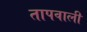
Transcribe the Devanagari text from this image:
तापवाली